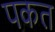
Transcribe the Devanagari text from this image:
पकत